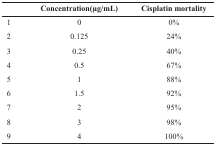
<table><thead><tr><td></td><td><b>Concentration(μg/mL)</b></td><td><b>Cisplatin mortality</b></td></tr></thead><tbody><tr><td>1</td><td>0</td><td>0%</td></tr><tr><td>2</td><td>0.125</td><td>24%</td></tr><tr><td>3</td><td>0.25</td><td>40%</td></tr><tr><td>4</td><td>0.5</td><td>67%</td></tr><tr><td>5</td><td>1</td><td>88%</td></tr><tr><td>6</td><td>1.5</td><td>92%</td></tr><tr><td>7</td><td>2</td><td>95%</td></tr><tr><td>8</td><td>3</td><td>98%</td></tr><tr><td>9</td><td>4</td><td>100%</td></tr></tbody></table>